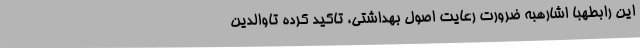
این رابطهبا اشارهبه ضرورت رعایت اصول بهداشتی، تاکید کرده تاوالدین